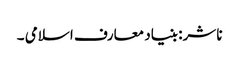
ناشر: بنیاد معارف اسلامی ۔